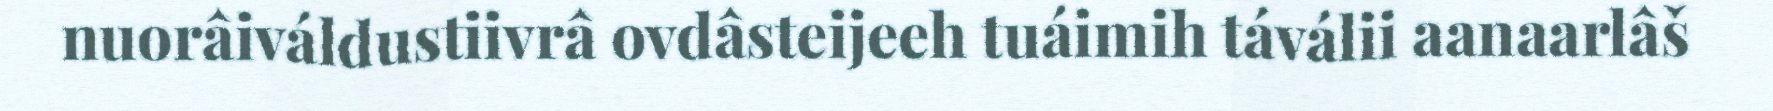
nuorâiváldustiivrâ ovdâsteijeeh tuáimih táválii aanaarlâš